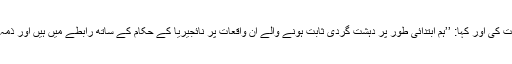
انہوں نے حملوں میں ہلاک ہونے والوں کے خاندانوں اور نائجیریا کے حکام سے تعزیت کی اور کہا: ’’ہم ابتدائی طور پر دہشت گردی ثابت ہونے والے ان واقعات پر نائجیریا کے حکام کے ساتھ رابطے میں ہیں اور ذمہ داروں کو انصاف کے کٹہرے میں لانے کے لیے ان کی معاونت کا عزم رکھتے ہیں۔